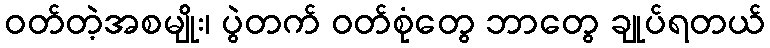
ဝတ်တဲ့အစမျိုး၊ ပွဲတက် ဝတ်စုံတွေ ဘာတွေ ချုပ်ရတယ်